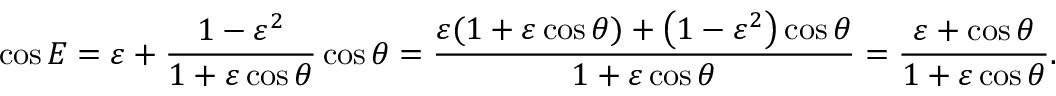
\cos E = \varepsilon + { \frac { 1 - \varepsilon ^ { 2 } } { 1 + \varepsilon \cos \theta } } \cos \theta = { \frac { \varepsilon ( 1 + \varepsilon \cos \theta ) + \left( 1 - \varepsilon ^ { 2 } \right) \cos \theta } { 1 + \varepsilon \cos \theta } } = { \frac { \varepsilon + \cos \theta } { 1 + \varepsilon \cos \theta } } .